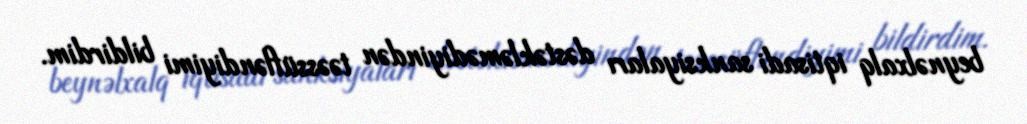
beynəlxalq iqtisadi sanksiyaları dəstəkləmədiyindən təəssüfləndiyimi bildirdim.